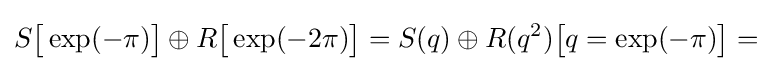
S{\bigl [}\exp(-\pi ){\bigr ]}\oplus R{\bigl [}\exp(-2\pi ){\bigr ]}=S(q)\oplus R(q^{2}){\bigl [}q=\exp(-\pi ){\bigr ]}=